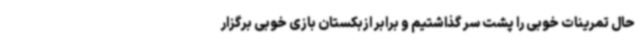
حال تمرینات خوبی را پشت سر گذاشتیم و برابر ازبکستان بازی خوبی برگزار